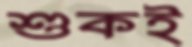
শুকই